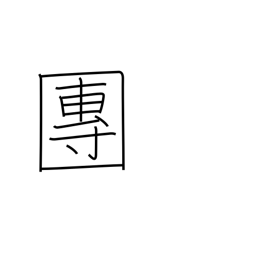
Meaning: association